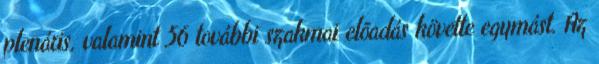
plenáris, valamint 56 további szakmai elõadás követte egymást. Az